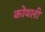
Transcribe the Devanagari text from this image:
कोयली